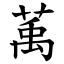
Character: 萭